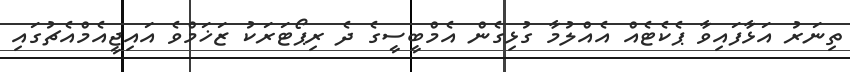
ތިނަރު އަޅާފައިވާ ޕެކެޓެއް އެއްލުމާ ގުޅިގެން އެމްބީސީގެ ދެ ރިޕޯޓަރަކު ޒަޚަމްވެ އައިޖީއެމްއެޗުގައި